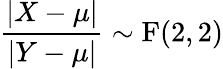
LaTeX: {\frac{|X-\mu|}{|Y-\mu|}}\sim\operatorname{F}(2,2)